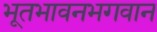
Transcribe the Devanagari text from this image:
भूतभावनभगवान